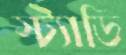
স্ট্যাডি